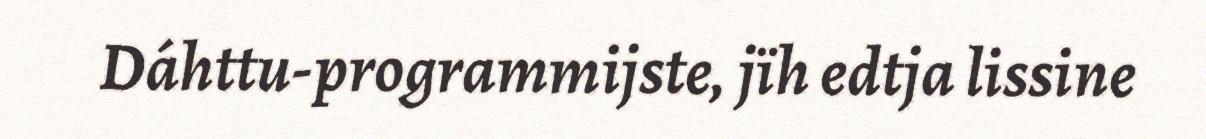
Dáhttu-programmijste, jïh edtja lissine